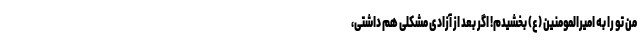
من تو را به امیرالمومنین (ع) بخشیدم! اگر بعد از آزادی مشکلی هم داشتی،